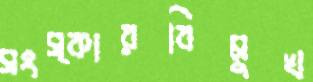
সংস্কারবিমুখ